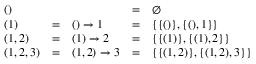
\begin{array} { l c l c l } { ( ) } & { } & { } & { = } & { \emptyset } \\ { ( 1 ) } & { = } & { ( ) \rightarrow 1 } & { = } & { \{ \{ ( ) \} , \{ ( ) , 1 \} \} } \\ { ( 1 , 2 ) } & { = } & { ( 1 ) \rightarrow 2 } & { = } & { \{ \{ ( 1 ) \} , \{ ( 1 ) , 2 \} \} } \\ { ( 1 , 2 , 3 ) } & { = } & { ( 1 , 2 ) \rightarrow 3 } & { = } & { \{ \{ ( 1 , 2 ) \} , \{ ( 1 , 2 ) , 3 \} \} } \end{array}